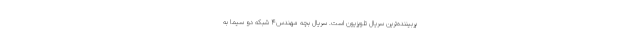
پربیننده‌ترین سریال تلویزیون است. سریال بچه مهندس۴ شبکه دو سیما به